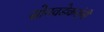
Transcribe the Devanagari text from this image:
सोनवडेकरांनी